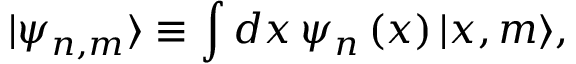
| \psi _ { n , m } \rangle \equiv \int d x \, \psi _ { n } \left( x \right) | x , m \rangle ,